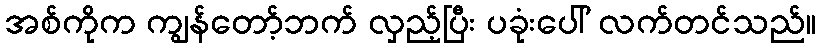
အစ်ကိုက ကျွန်တော့်ဘက် လှည့်ပြီး ပခုံးပေါ် လက်တင်သည်။